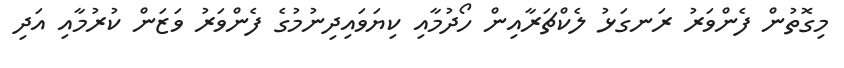
މިގޮތުން ފެންވަރު ރަނގަޅު ލެކްޗަރާއިން ހޯދުމާއި ކިޔަވައިދިނުމުގެ ފެންވަރު ވަޒަން ކުރުމާއި އަދި